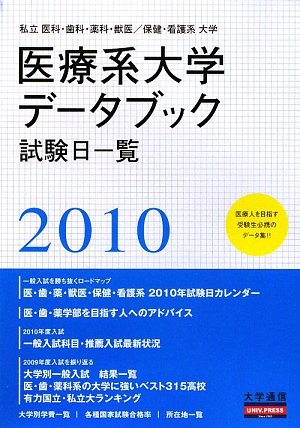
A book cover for Private medical and dental, pharmacy and veterinary / health and nursing University Medical Universities Data Book <2010> (2009) ISBN: 4884861442 [Japanese Import]; Medical Books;